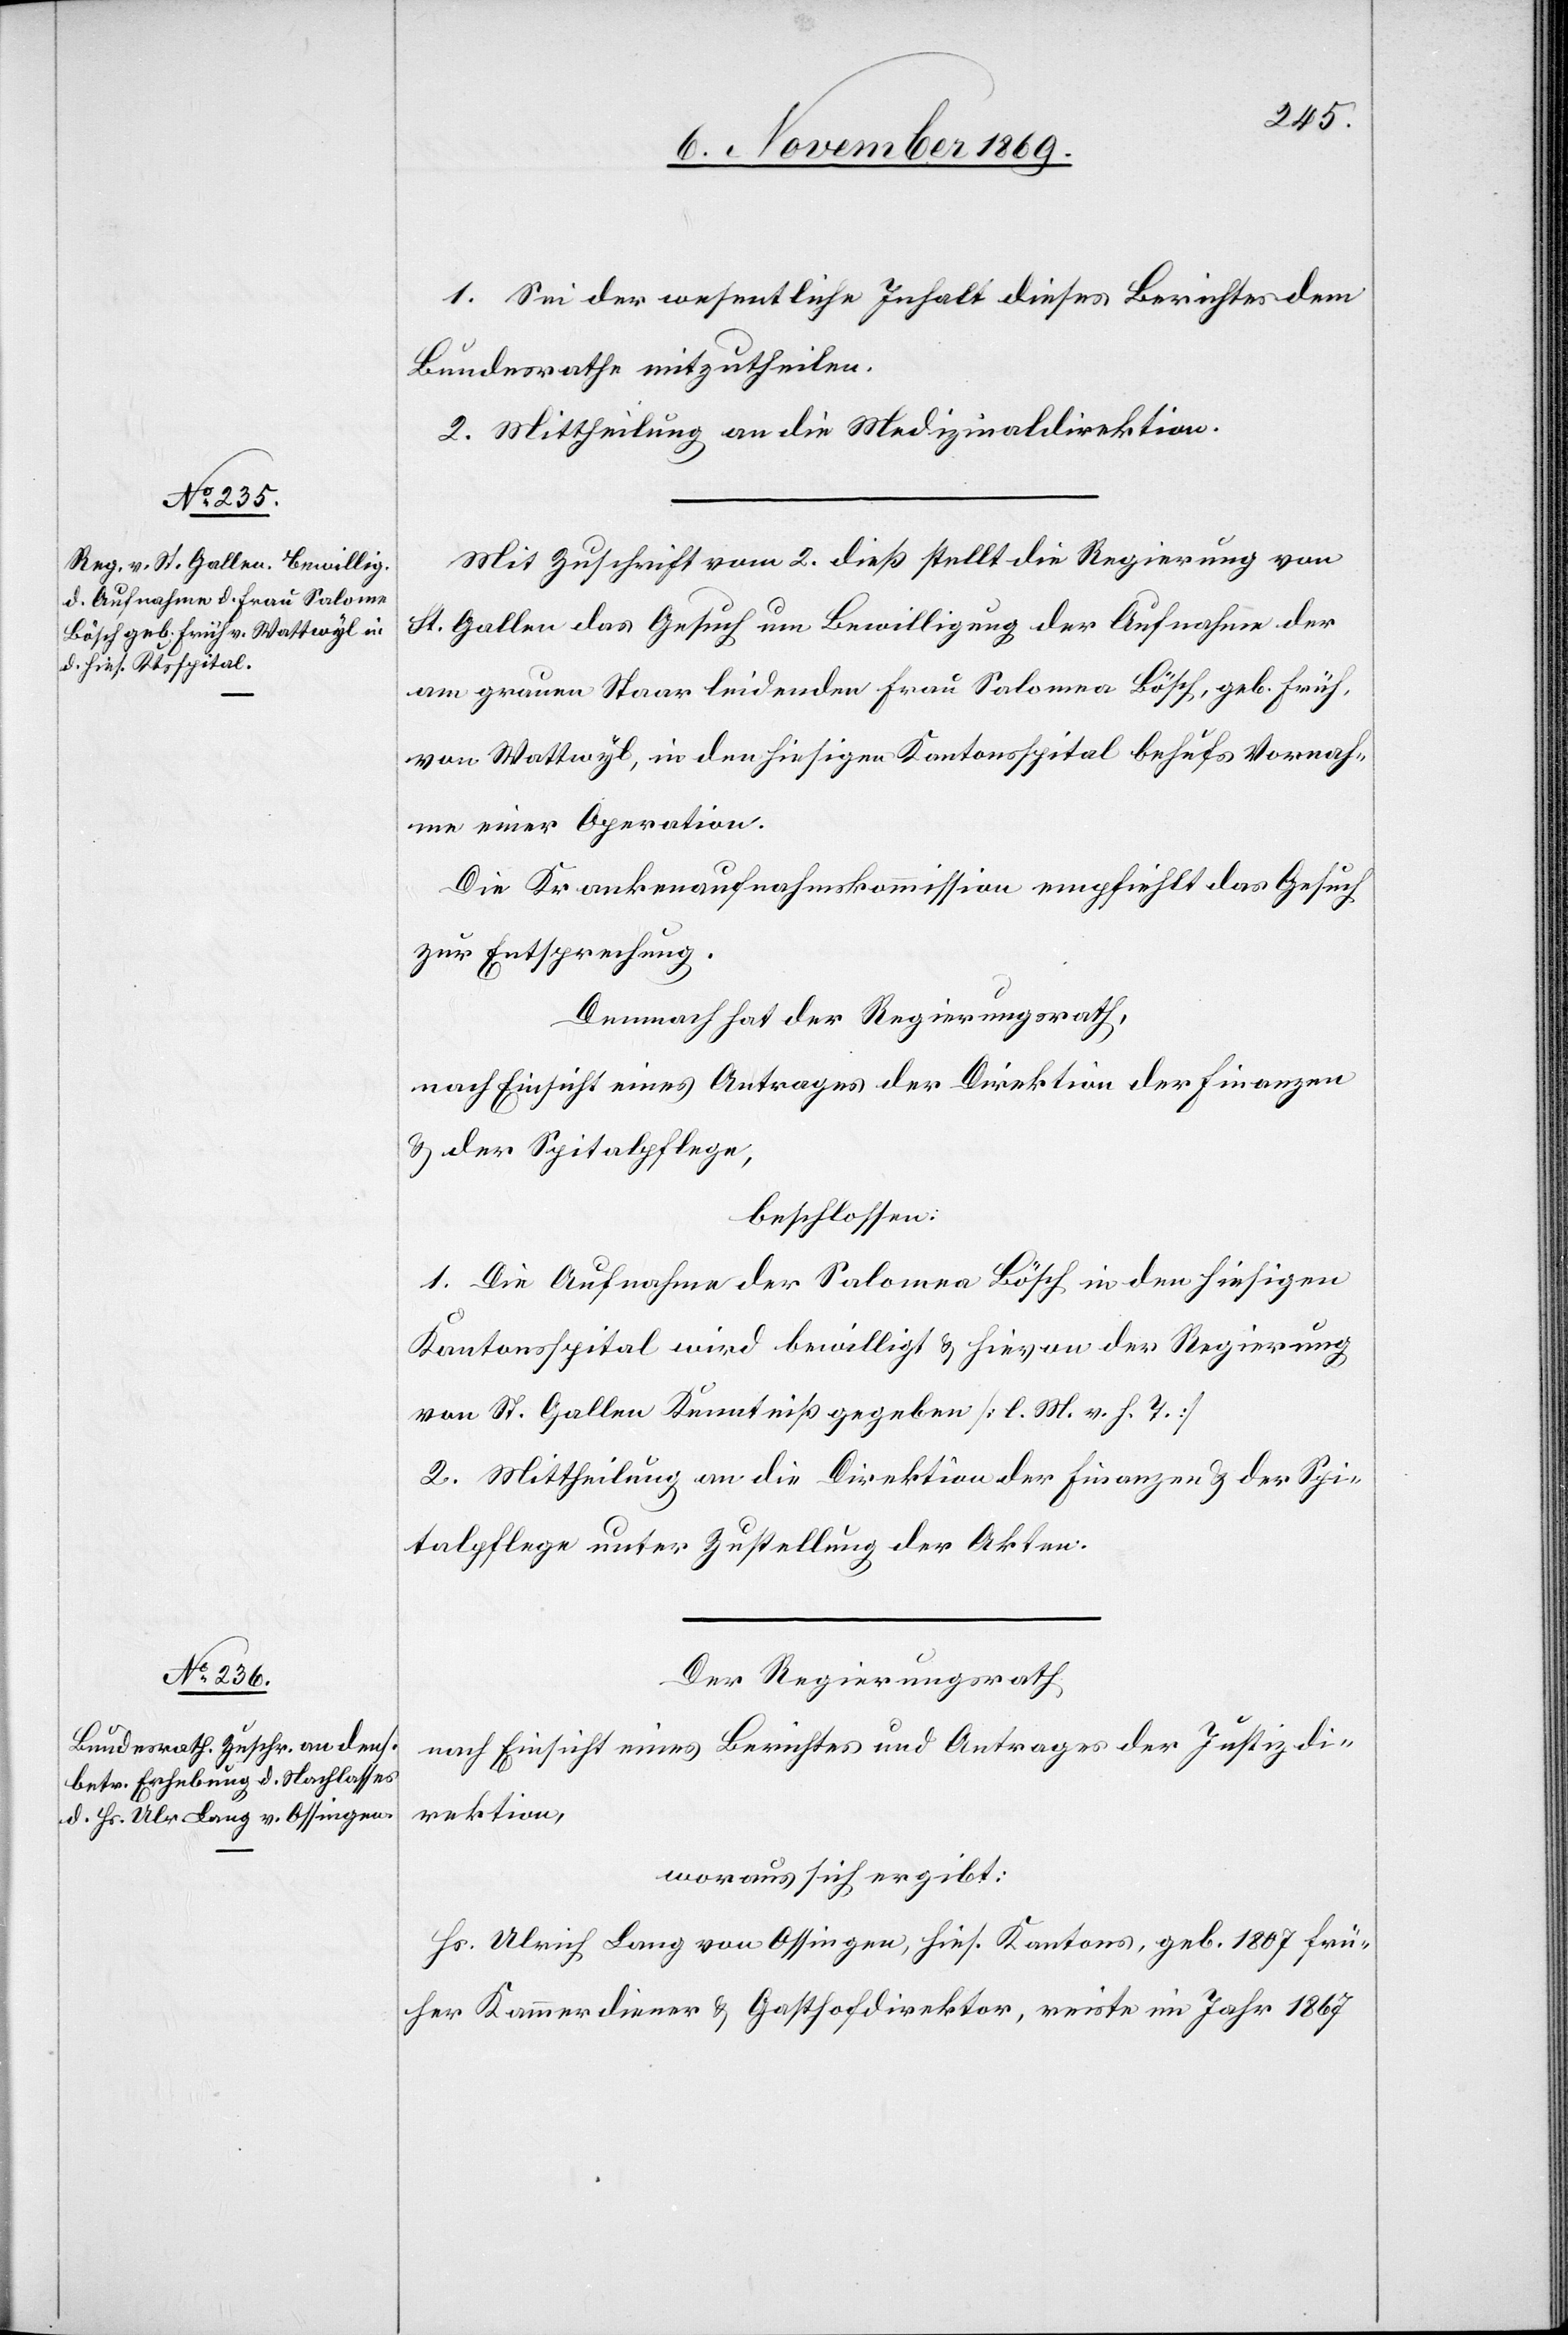
1. Sei der wesentliche Inhalt dieses Berichtes dem
Bundesrathe mitzutheilen.
2. Mittheilung an die Medizinaldirektion.
Mit Zuschrift vom 2. dieß stellt die Regierung von
St. Gallen das Gesuch um Bewilligung der Aufnahme der
am grauen Staar leidenden Frau Salomea [sic!] Bösch, geb. Früh,
von Wattwyl, in den hiesigen Kantonsspital behufs Vornah¬
me einer Operation.
Die Krankenaufnahmskommission empfiehlt das Gesuch
zur Entsprechung.
Demnach hat der Regierungsrath,
nach Einsicht eines Antrages der Direktion der Finanzen
& der Spitalpflege,
beschlossen:
1. Die Aufnahme der Salomea Bösch in den hiesigen
Kantonsspital wird bewilligt & hievon der Regierung
von St. Gallen Kenntniß gegeben [l. M. v. h. T.]
2. Mittheilung an die Direktion der Finanzen & der Spi¬
talpflege unter Zustellung der Akten.
Der Regierungsrath
nach Einsicht eines Berichtes und Antrages der Justizdi¬
rektion,
woraus sich ergibt:
Hs. Ulrich Lang von Ossingen, hies. Kantons, geb. 1807 frü¬
her Kammerdiener & Gasthofdirektor, reiste im Jahr 1867